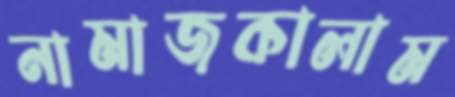
নামাজকালাম